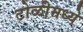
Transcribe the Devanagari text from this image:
टोळीमध्ये